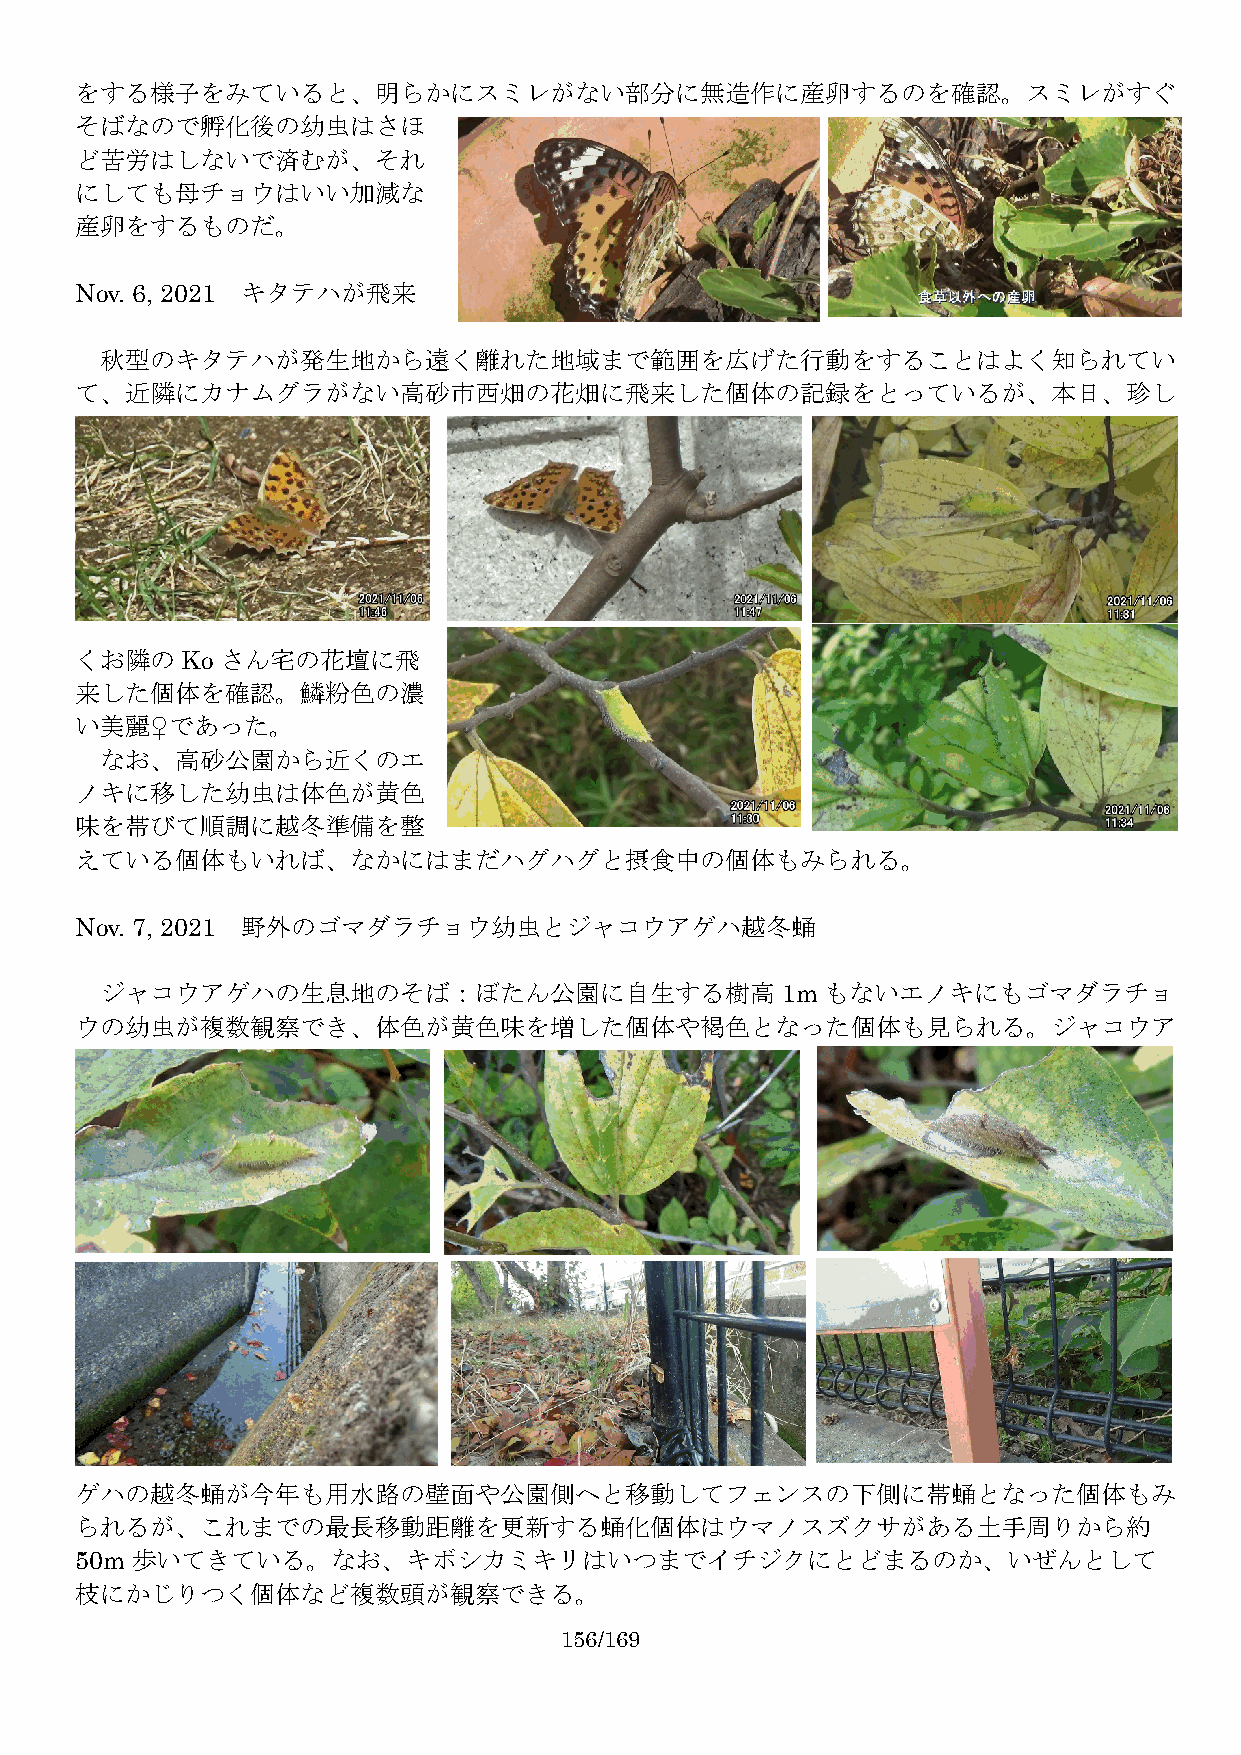
をする様子をみていると、明らかにスミレがない部分に無造作に産卵するのを確認。スミレがすぐ
 そばなので孵化後の幼虫はさほ
 ど苦労はしないで済むが、それ
 にしても母チョウはいい加減な
 産卵をするものだ。
 Nov. 6, 2021 キタテハが飛来
 秋型のキタテハが発生地から遠く離れた地域まで範囲を広げた行動をすることはよく知られてい
 て、近隣にカナムグラがない高砂市西畑の花畑に飛来した個体の記録をとっているが、本日、珍し
 くお隣のKoさん宅の花壇に飛
 来した個体を確認。鱗粉色の濃
 い美麗♀であった。
 なお、高砂公園から近くのエ
 ノキに移した幼虫は体色が黄色
 味を帯びて順調に越冬準備を整
 えている個体もいれば、なかにはまだハグハグと摂食中の個体もみられる。
 Nov. 7, 2021 野外のゴマダラチョウ幼虫とジャコウアゲハ越冬蛹
 ジャコウアゲハの生息地のそば：ぼたん公園に自生する樹高1m                   もないエノキにもゴマダラチョ
 ウの幼虫が複数観察でき、体色が黄色味を増した個体や褐色となった個体も見られる。ジャコウア
 ゲハの越冬蛹が今年も用水路の壁面や公園側へと移動してフェンスの下側に帯蛹となった個体もみ
 られるが、これまでの最長移動距離を更新する蛹化個体はウマノスズクサがある土手周りから約
 50m 歩いてきている。なお、キボシカミキリはいつまでイチジクにとどまるのか、いぜんとして
 枝にかじりつく個体など複数頭が観察できる。
 156/169